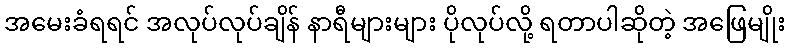
အမေးခံရရင် အလုပ်လုပ်ချိန် နာရီများများ ပိုလုပ်လို့ ရတာပါဆိုတဲ့ အဖြေမျိုး